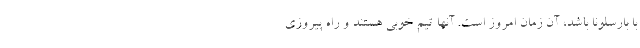
با بارسلونا باشد، آن زمان امروز است. آنها تیم خوبی هستند و راه پیروزی